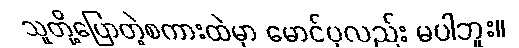
သူတို့ပြောတဲ့စကားထဲမှာ မောင်ပုလည်း မပါဘူး။